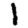
Digit: 1